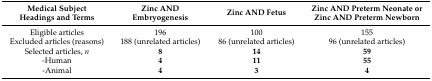
| Medical Subject Headings and Terms | Zinc AND Embryogenesis | Zinc AND Fetus | Zinc AND Preterm Neonate or Zinc AND Preterm Newborn |
 | --- | --- | --- | --- |
 | Eligible articles | 196 | 100 | 155 |
 | Excluded articles (reasons) | 188 (unrelated articles) | 86 (unrelated articles) | 96 (unrelated articles) |
 | Selected articles, n | 8 | 14 | 59 |
 | -Human | 4 | 11 | 55 |
 | -Animal | 4 | 3 | 4 |